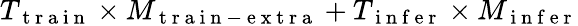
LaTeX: T_{\mathrm{~t~r~a~i~n~}}\times M_{\mathrm{~t~r~a~i~n~-~e~x~t~r~a~}}+T_{\mathrm{~i~n~f~e~r~}}\times M_{\mathrm{~i~n~f~e~r~}}